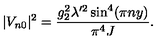
| V _ { n 0 } | ^ { 2 } = \frac { g _ { 2 } ^ { 2 } \lambda ^ { \prime 2 } \sin ^ { 4 } ( \pi n y ) } { \pi ^ { 4 } J } .